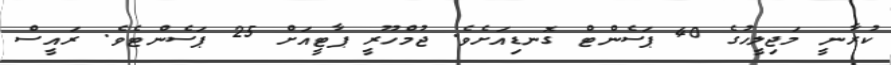
ކުރާނީ މަޖިލީހުގެ 40 ޕަސެންޓް ގޮނޑިއަށެވެ. ޖުމްހޫރީ ޕާޓީއަށް 25 ޕަސެންޓެވެ. ރައީސް